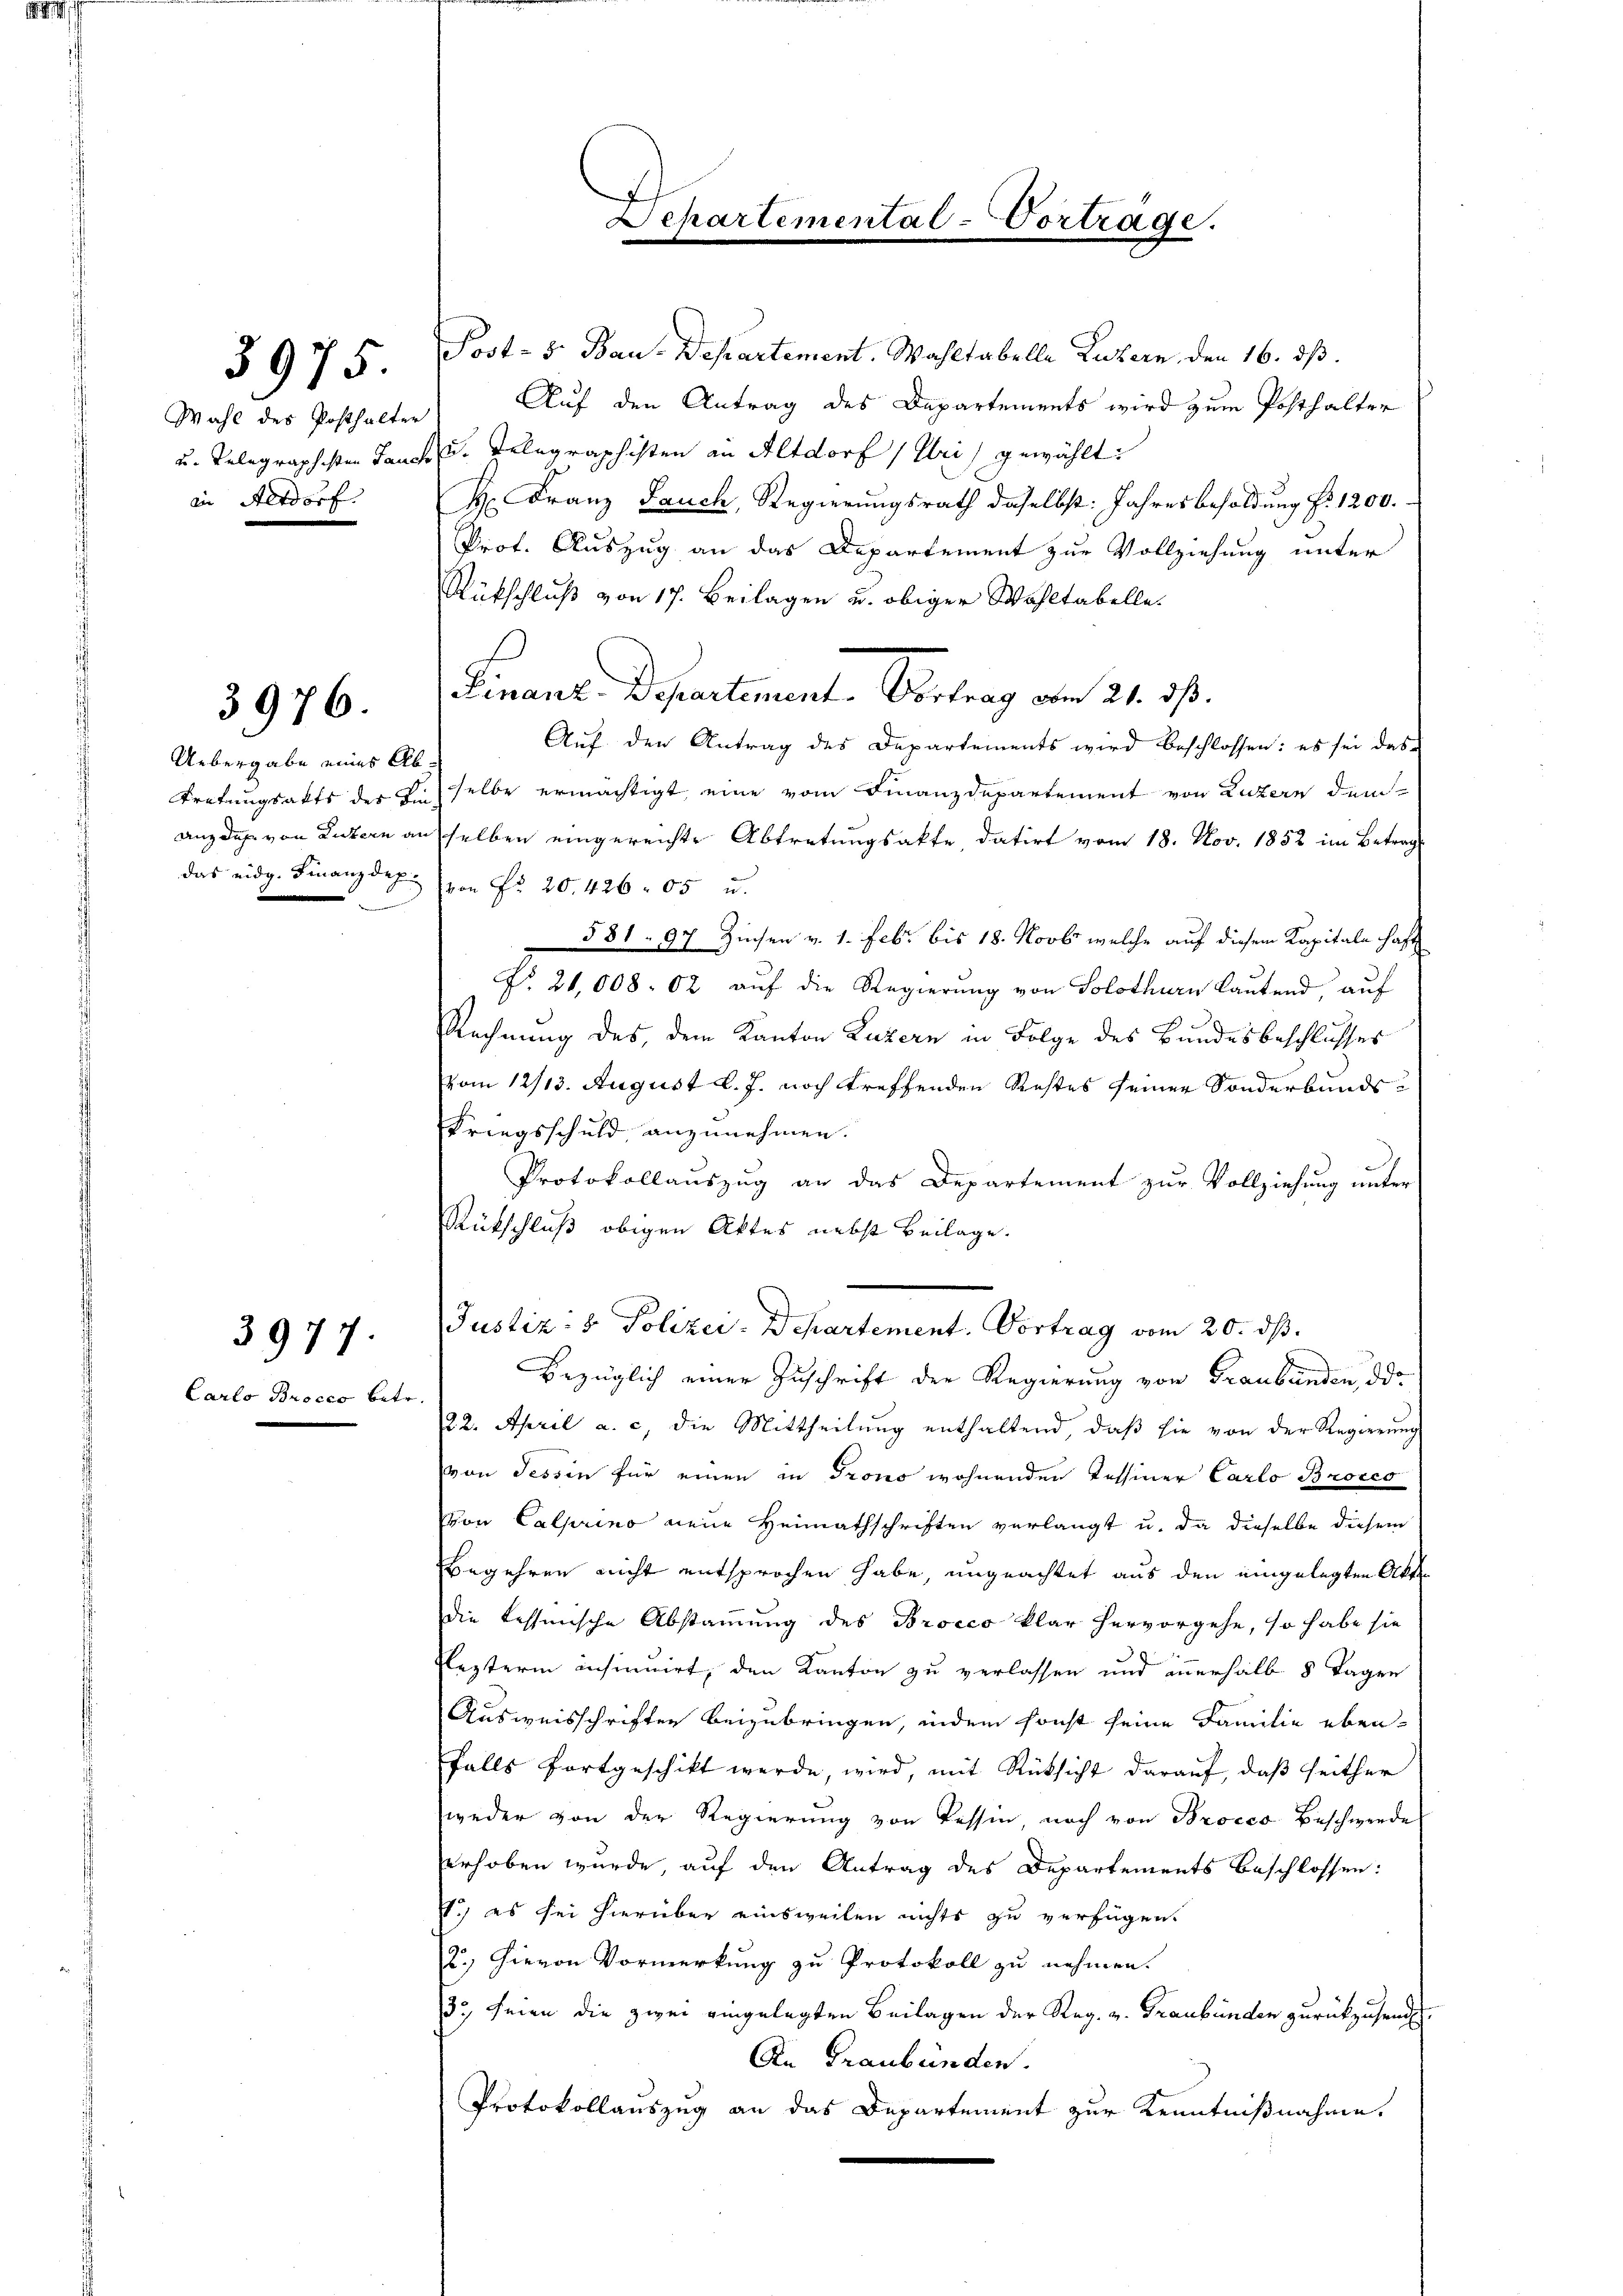
s

Wahl des Posthalter
in Altdorf.

3975.

3976.

Uebergabe eines Ab¬

3977.

Carlo Brocco betr.

Jost- & Bau-Departement. Wahltabelle Luzern, den 16. ds.
Auf den Antrag des Departements wird zum Posthalter
t
u. Telegraphisten Lanck u. Telegraphisten an Altdorf (Uri) gewählt:
H. Franz Jauch, Regierungsrath daselbst: Jahresbesoldung §. 1200.
Prot. Auszug an das Departement zur Vollziehung unter
Rückschluß von 17. Beilagen u. obiger Wahltabelle
s
Auf den Antrag des Departements wird beschlossen: es sei das
tretungsakts der dieselbe ermächtigt, eine vom Finanzdepartement von Luzern dem
anz des von Luzern ausselben eingereichte Abtretungsakte, datirt vom 18. Nov. 1852 im Betrag
das eidg. Finanzdep. von Nr. 20. 426 05 u.
581. 9
377 Zinsen v. 1. Febr. bis 18. Novb. welche auf diesem Kapitale haft
No. 21,008. 02 auf die Regierung von Solothurn lautend, auf
Rechnung des, dem Kanton Luzern in Folge des Bundesbeschlusses
vom 12/13. August d. J. noch treffenden Restes seiner Sonderbunds¬
Kriegsschuld anzunehmen.
Protokollauszug an das Departement zur Vollziehung unter
Rütschluß obigen Aktes nebst Beilage.
Justiz- & Polizei-Departement. Vortrag vom 20. ds.
bezüglich einer Zuschrift der Regierung von Graubünden, da
22. April a. c. die Mittheilung enthaltend, daß sie von der Regierung
von dessen für einen in Trono wohnenden Tessiner Carlo Brocco
von Calprino neue Heimathschriften verlangt u. da dieselbe diesem
Begehren nicht entsprochen habe, ungeachtet aus den eingelegten Akt
die tessinische Abstammung des Brocco klar hervorgehe, so habe sie
Elezterm insinuirt, den Kanton zu verlassen und innerhalb 8 Tagen
Ausweisschriften beizubringen, indem sonst seine Familie ebenfalls fortgeschikt werde, wird, mit Rücksicht darauf, daß seither
weder von der Regierŭng von Tessin, noch von Brocco Beschwerde
erhoben wurde, auf den Antrag des Departements beschlossen:
) es sei hierüber einsweilen nichts zu verfügen.
2.) Hievon Vormerkung zu Protokoll zu nehmen.
33, seien die zwei eingelegten Beilagen der Reg. v. Graubünden zurückzusend
An Graubünden.
Protokollauszug an das Departement zur Kenntnißnahme.

Departemental-Vortrage.

Finanz-Departement. Vortrag vom 21. ds.